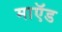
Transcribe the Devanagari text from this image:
माऍड